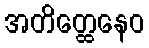
အတိတ္ထေနေဝ